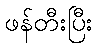
ဖန်တီးပြီး